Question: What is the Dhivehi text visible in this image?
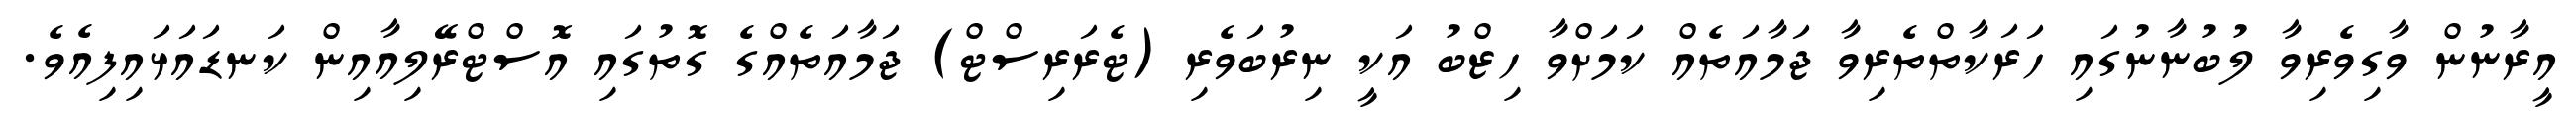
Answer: އީރާނުން ވާގިވެރިވާ ލުބުނާނުގައި ހަރަކާތްތެރިވާ ޖަމާއަތެއް ކަމަށްވާ ހިޒްބު އަކީ ނިރުބަވެރި (ޓެރަރިސްޓް) ޖަމާއަތެއްގެ ގޮތުގައި އޮސްޓްރޭލިއާއިން ކަނޑައަޅައިފިއެވެ.